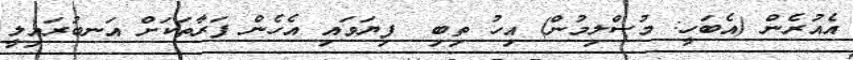
އެއުރެން (އެބަހީ: މުސްލިމުން) އިހު ތިބި  ފިޔަވައި އެހެން ފަރާތަކަށް އަނބުރައިލީ